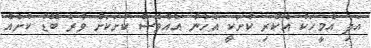
އަދި އެމީހަކު އެކުރި ކުށަކީ އެހެން އެއްވެސް ކުށަކަށް ވުރެ ބޮޑު ކުށެއް